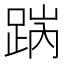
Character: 𨁧